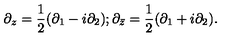
\partial _ { z } = \frac { 1 } { 2 } ( \partial _ { 1 } - i \partial _ { 2 } ) ; \partial _ { \bar { z } } = \frac { 1 } { 2 } ( \partial _ { 1 } + i \partial _ { 2 } ) .